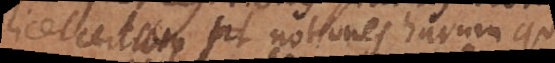
licet certum sit, notiones harum